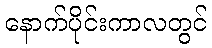
နောက်ပိုင်းကာလတွင်